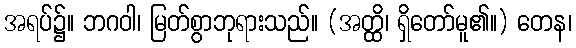
အရပ်၌။ ဘဂဝါ၊ မြတ်စွာဘုရားသည်။ (အတ္ထိ၊ ရှိတော်မူ၏။) တေန၊